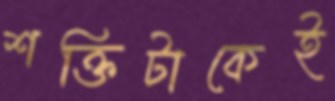
শক্তিটাকেই